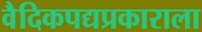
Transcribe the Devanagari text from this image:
वैदिकपद्यप्रकाराला